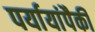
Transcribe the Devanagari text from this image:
पर्यायांपैकी